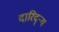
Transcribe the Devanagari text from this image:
दारिद्‌ऱ्य